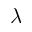
\lambda